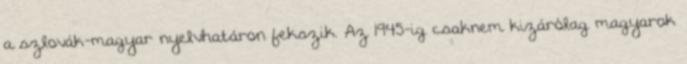
a szlovák-magyar nyelvhatáron fekszik. Az 1945-ig csaknem kizárólag magyarok